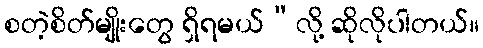
စတဲ့စိတ်မျိုးတွေ ရှိရမယ်”လို့ ဆိုလိုပါတယ်။